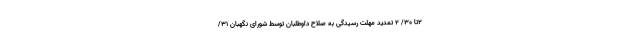
۲تا ۳۰/ ۲ تمدید مهلت رسیدگی به صلاح داوطلبان توسط شورای نگهبان ۳۱/